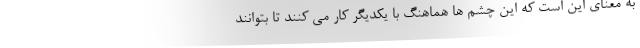
به معنای این است که این چشم ها هماهنگ با یکدیگر کار می کنند تا بتوانند